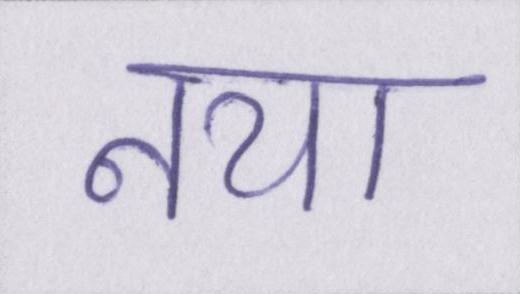
नया